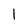
Character: l